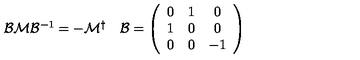
\begin{array} { c c } { { \cal B } { \cal M } { \cal B } ^ { - 1 } = - { \cal M } ^ { \dagger } } & { { \cal B } = \left( \begin{array} { c c c } { 0 } & { 1 } & { 0 } \\ { 1 } & { 0 } & { 0 } \\ { 0 } & { 0 } & { - 1 } \\ \end{array} \right) } \\ \end{array}